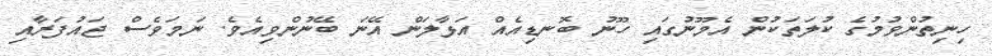
ހިނިތުންވުމުގެ ކުލަތަކުން އެމޫނުގައި ހޫނު ބޮނޑިއެއް އަޅާލަން އޭނަ ބޭނުންވިއެވެ. ނަމަވެސް ޖައުފަރާއި